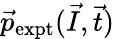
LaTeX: \vec{p}_{\mathrm{expt}}(\vec{I},\vec{t})